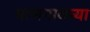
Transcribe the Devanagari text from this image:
माणगावच्या